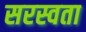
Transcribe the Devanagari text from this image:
सरस्वता